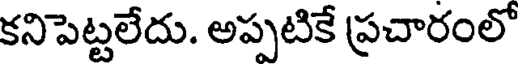
కనిపెట్టలేదు. అప్పటికే ప్రచారంలో